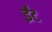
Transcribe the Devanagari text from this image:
र्इंट